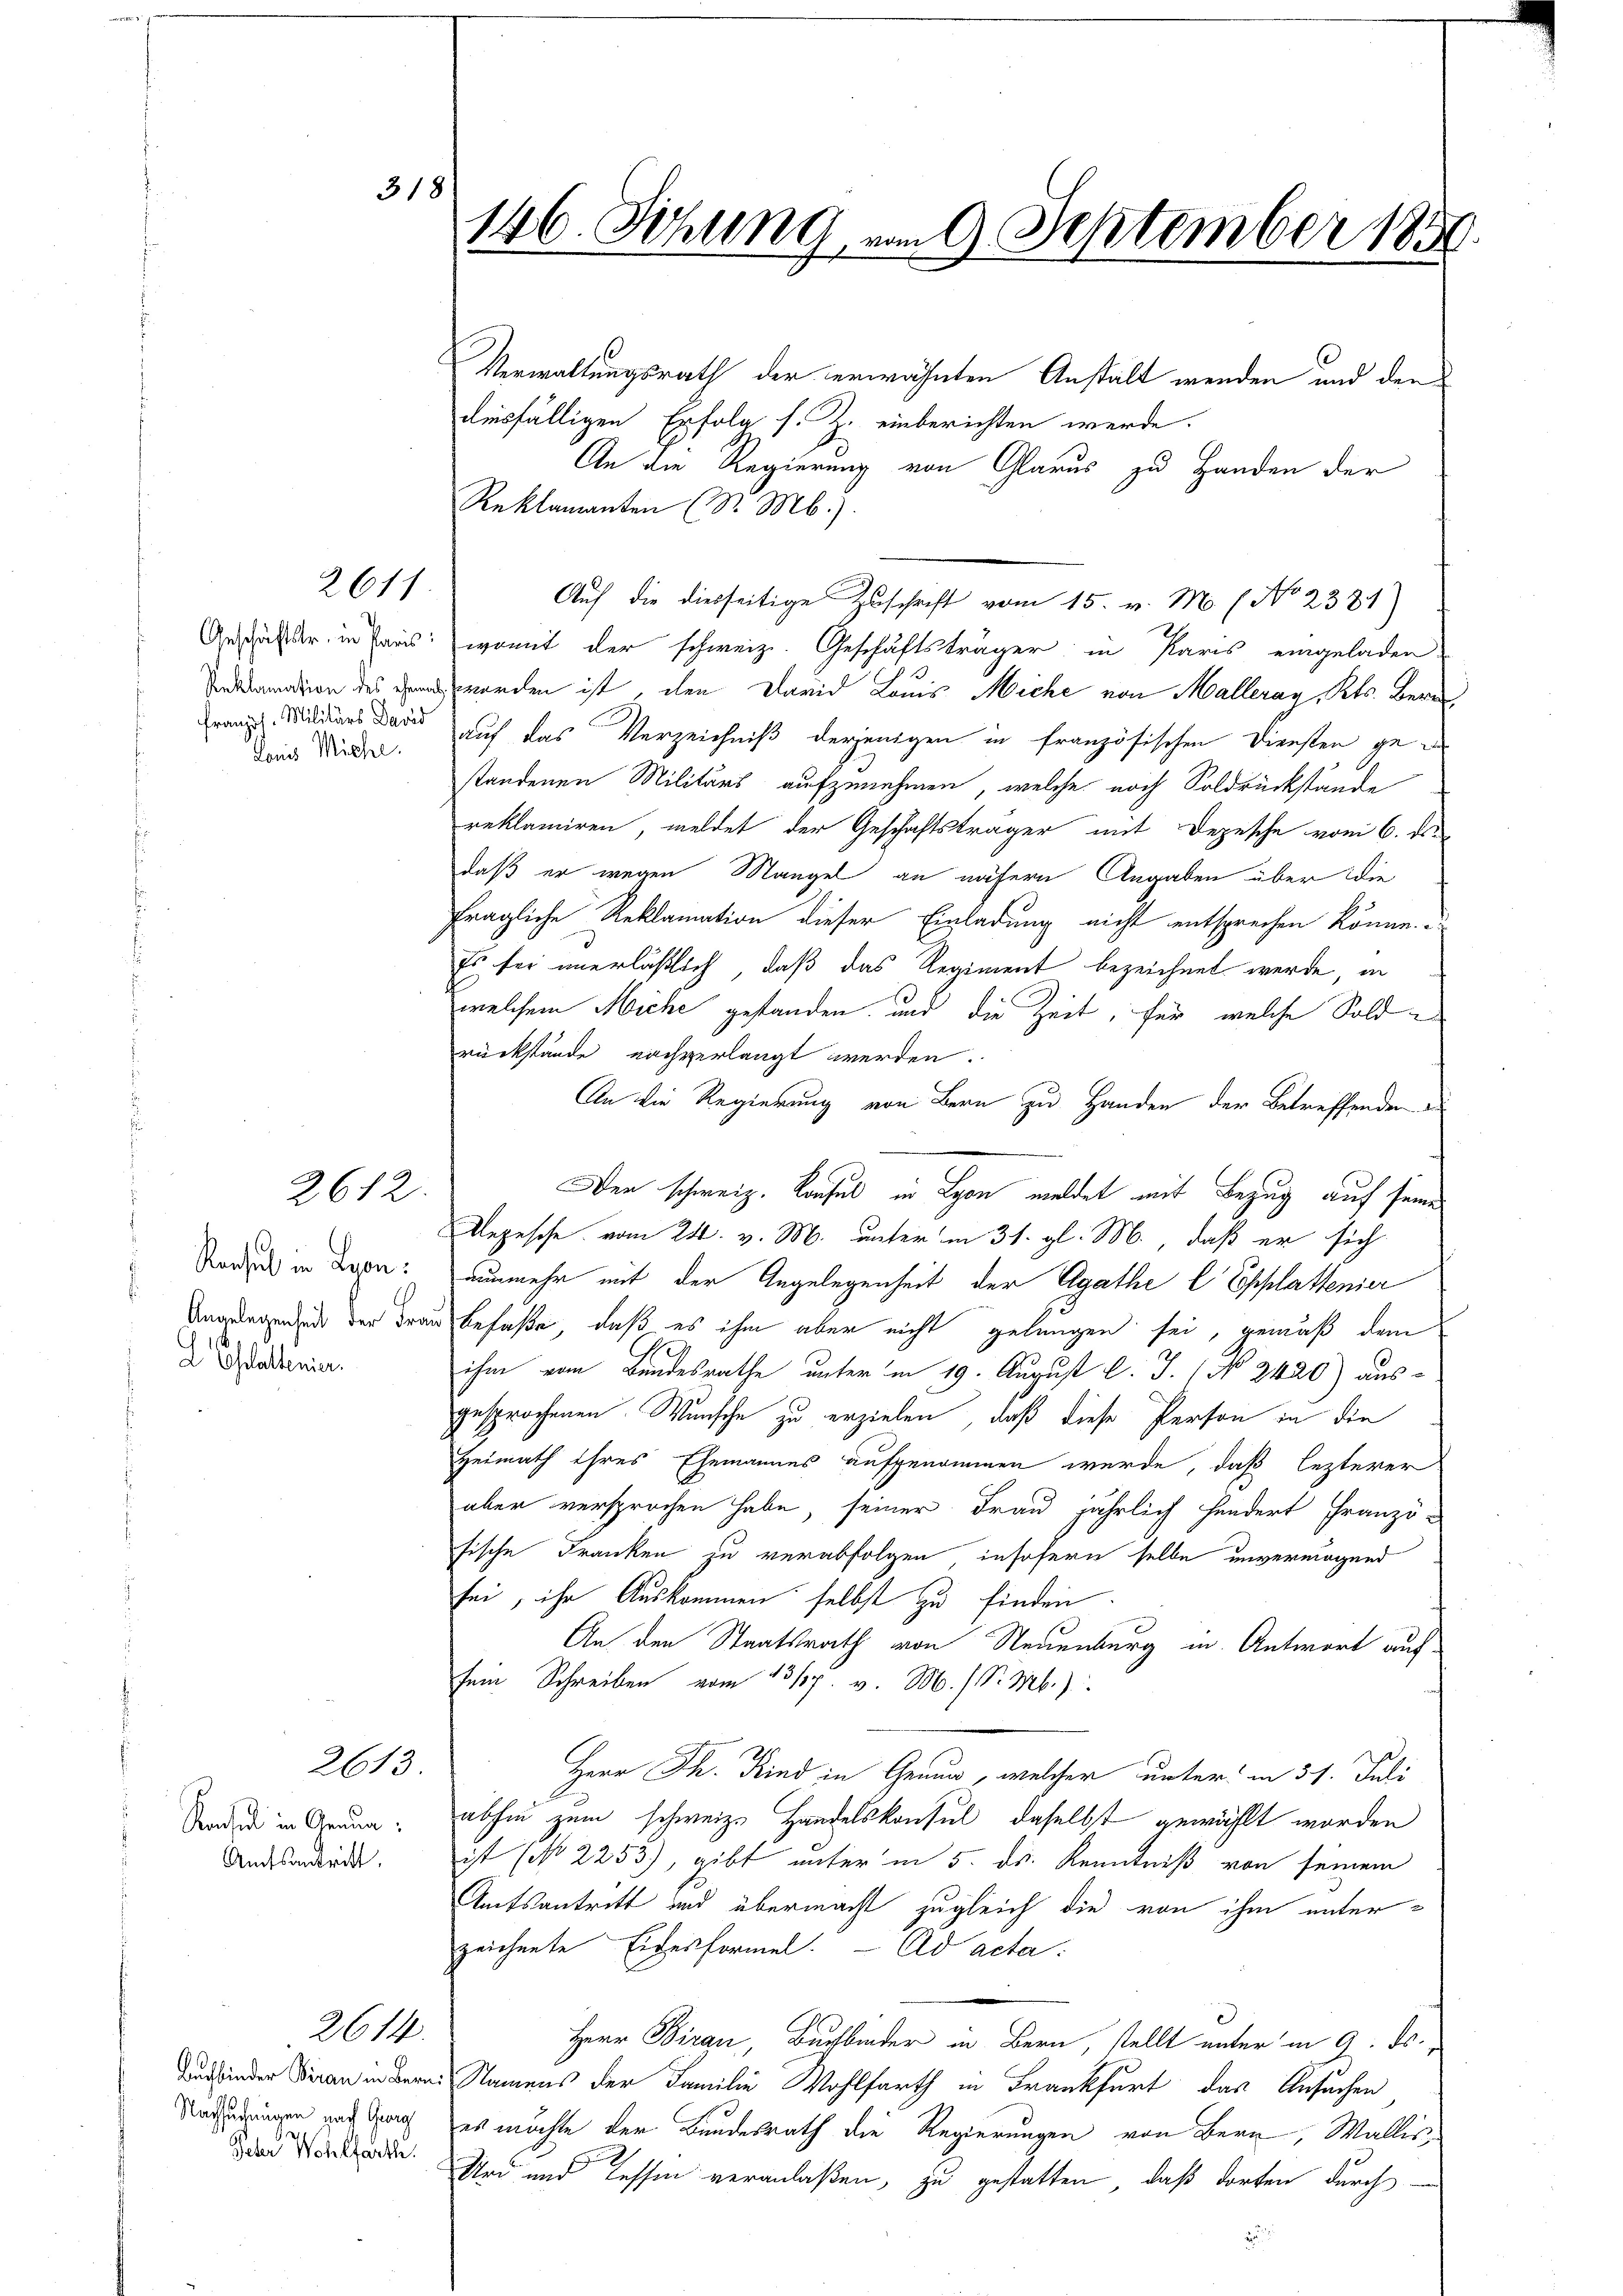
261

französ. Militärs David
Louis Miche.

2612.

Rachsel in Lyon:
Angelegenheit der Fra
d Glattenir

Rachel in Genua
Amtsantritt.

2613

Nachsuchungen nach Gug
e
Jaher Wohlfarthe

2614.

318

146. Sitzung, vom 9. September 1850

Verwaltungsrath der erwähnten Anstalt werden und den
diesfälligen Erfolg s. Z. einberichten werde.
An die Regierung von Glarus zu Handen der
Reklamanten (S. M.).
Auf die diesseitige Zuschrift vom 15. v. M. ( No 2381)
Geschäffer in Preis: womit der schweiz. Geschäftsträger in Paris eingeladen.
amation des worden ist, den David Louis Miche von Malleray, Kts. Bern
auf das Verzeichniß derjenigen in französischen Diensten gestandenen Militärs aufzunehmen, welche noch Soldrückstände
reklamiren, meldet der Geschäftsträger mit Depesche vom 6. ds.
daß er wegen Mangel an nähern Angaben über die
fragliche Reklamation dieser Einladung nicht entsprechen könne.
Es für unerläßlich, daß das Regiment bezeichnet werde, in
welchem Miche gestanden und die Zeit, für welche Soldrückstände nachverlangt werden.
An die Regierung von Bern zu Handen der Betreffenden
Der schweiz. Konsul in Lyon meldet mit Bezug auf seine
Depesche vom 24. v. M. unterm 31. gl. M., daß er sich
nunmehr mit der Angelegenheit der Agathe C Esplattenier
in befaße, daß es ihm aber nicht gelungen sei, gemäß dem
ihm vom Bundesrathe unter in 19. August l. J. (No 2420) aus-
gesprochenen Wunsche zu erzielen, daß diese Person in die
Heimath ihres Ehemannes aufgenommen wurde, daß lezterer
aber versprochen habe, seiner Frau jährlich hundert Franzö-
sische Franken zu verabfolgen insofern selbe unvermögend
sei, ihr Auskommen selbst zu finden.
An den Staatsrath von Neuenburg in Antwort aufsein Schreiben vom 1317. v. M. (S. Mb.)
Herr Kind in Genua, welcher unter in 31. Juli
abhin zum schweiz. Handelskonsul, daselbst gewählt worden
ist (No 2253), gibt unter in 5. ds. Kenntniß von seinem
Amtsantritt und übermacht zugleich die von ihm unterzeichnete Eidesformel. Ad acta.
Herr Birau, Buchbinder in Bern, stellt unter in 9. ds.
inder an der Namens der Familie Wohlfarth in Frankfurt das Ansuchen
es möchte der Bundesrath die Regierungen von Bern, Wallis,
Uri und Tessin veranlaßen, zu gestatten, daß dorten durch